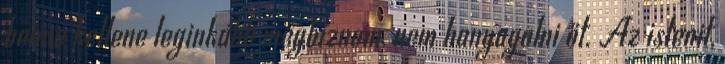
benne kellene leginkább megbíznom, nem hanyagolni őt. Az istenit,